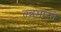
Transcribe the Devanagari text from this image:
तन्नभारते